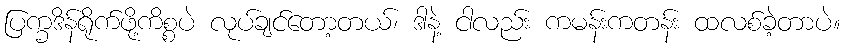
ပြက္ခဒိန်ရိုက်ဖို့ကိစ္စပဲ လုပ်ချင်တော့တယ်၊ ဒါနဲ့ ငါလည်း ကမန်းကတန်း ထလစ်ခဲ့တာပဲ။